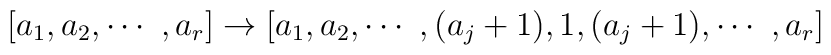
[a_1,a_2,\cdots~,a_r]\rightarrow[a_1,a_2,\cdots~,(a_j+1),1,(a_j+1),\cdots~,a_r]